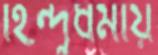
হিন্দুধর্মীয়